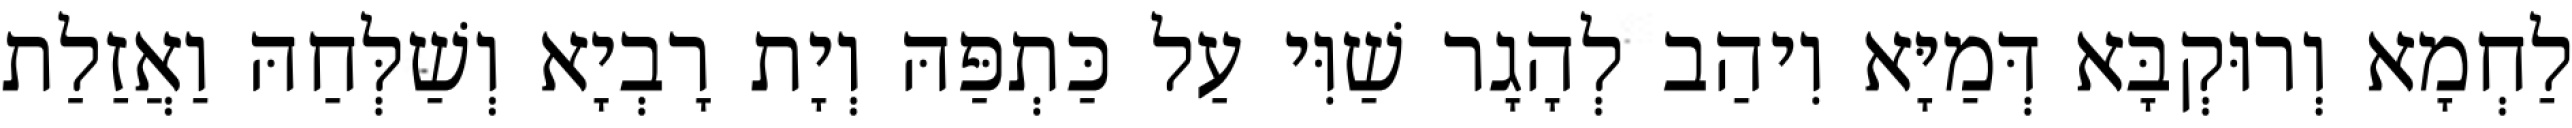
לַחְמָא וְרוּקְבָּא דְּמַיָּא וִיהַב לְהָגָר שַׁוִּי עַל כַּתְפַּהּ וְיָת רָבְיָא וְשַׁלְּחַהּ וַאֲזַלַת